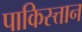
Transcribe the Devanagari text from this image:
पाकिस्त्तान